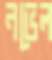
নভেল